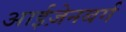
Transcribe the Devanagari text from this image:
आईज़ेनबर्ग